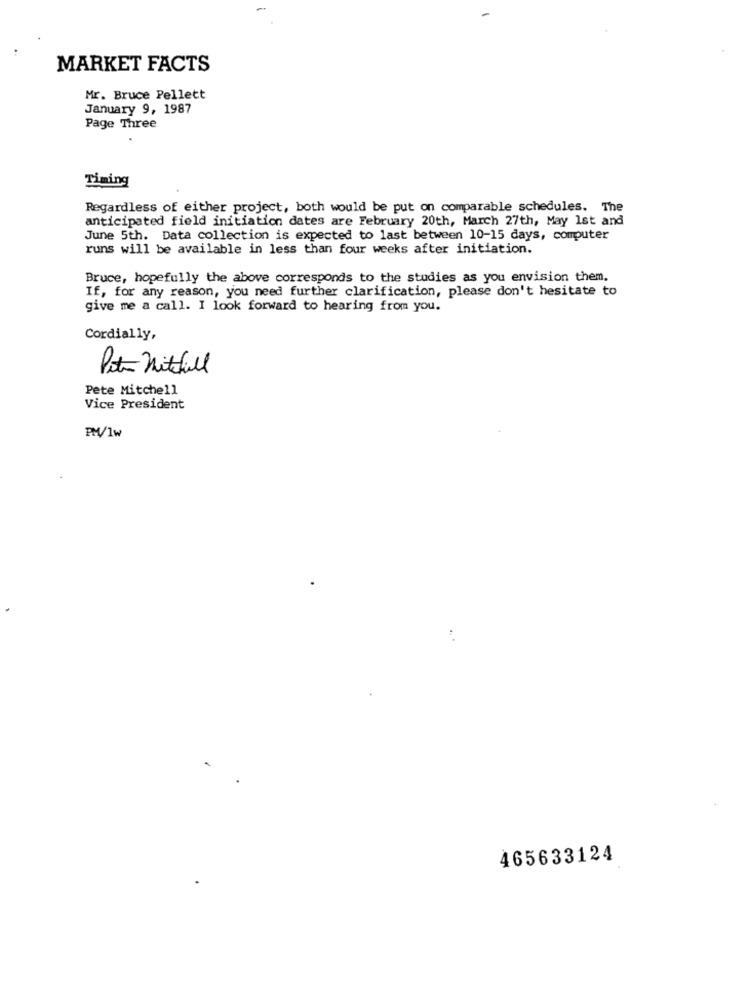
MARKET FACTS
Mr. Bruce Pellett
January 9, 1987
Page Three
Timing
Regardless of either project, both would be put on comparable schedules. The
anticipated field initiation dates are February 20th, March 27th, May 1st and
June 5th. Data collection is expected to last between 10-15 days, computer
runs will be available in less than four weeks after initiation.
Bruce, hopefully the above corresponds to the studies as you envision them.
If, for any reason, you need further clarification, please don't hesitate to
give me a call. I look forward to hearing from you.
Cordially,
Pita Mitchell
Pete Mitchell
Vice President
PM/1w
465633124